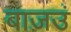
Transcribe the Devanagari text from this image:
बाज़उं